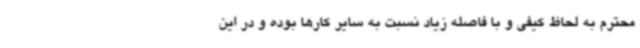
محترم به لحاظ کیفی و با فاصله زیاد نسبت به سایر کارها بوده و در این